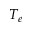
T _ { e }